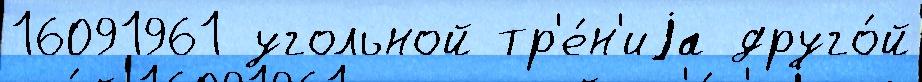
16091961 угольной тр'е́н'иjа друго́й